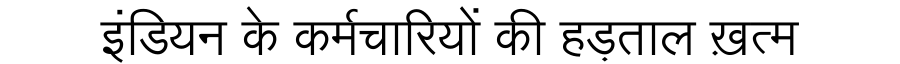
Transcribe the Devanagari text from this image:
इंडियन के कर्मचारियों की हड़ताल ख़त्म